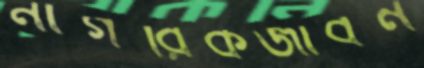
নাগরিকজীবন